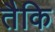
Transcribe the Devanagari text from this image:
तैकि